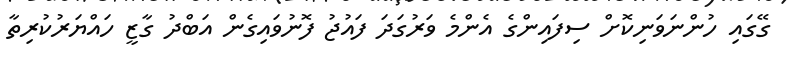
ގޭގައި ހުންނަަވަނިކޮށް ސިފައިންގެ އެންމެ ވަރުގަދަ ފައުޖު ފޮނުވައިގެން އަބްދު ގާޒީ ހައްޔަރުކުރިތާ